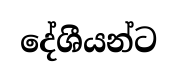
දේශීයන්ට